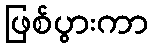
ဖြစ်ပွားကာ